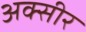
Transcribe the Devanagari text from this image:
अक्सीर